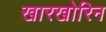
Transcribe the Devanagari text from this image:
खारखोरिन